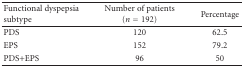
| Functional dyspepsia subtype | Number of patients (n = 192) | Percentage |
 | --- | --- | --- |
 | PDS | 120 | 62.5 |
 | EPS | 152 | 79.2 |
 | PDS+EPS | 96 | 50 |